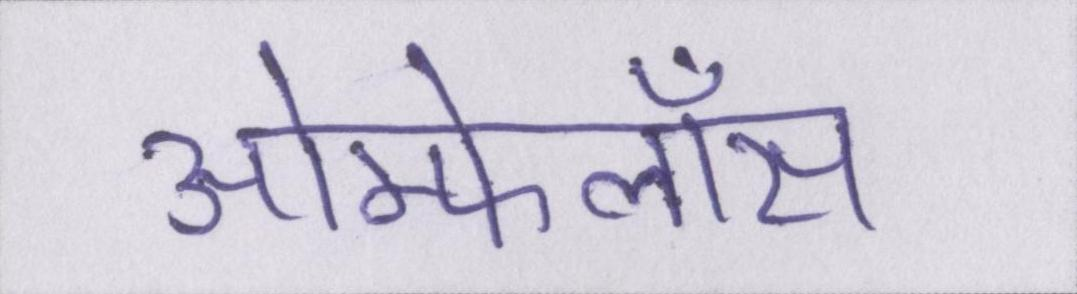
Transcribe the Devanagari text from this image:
ओम्फेलॉस